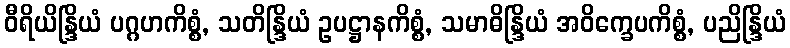
ဝီရိယိန္ဒြိယံ ပဂ္ဂဟကိစ္စံ, သတိန္ဒြိယံ ဥပဋ္ဌာနကိစ္စံ, သမာဓိန္ဒြိယံ အဝိက္ခေပကိစ္စံ, ပညိန္ဒြိယံ